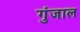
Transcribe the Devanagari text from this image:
गुंजाल